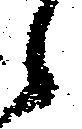
候